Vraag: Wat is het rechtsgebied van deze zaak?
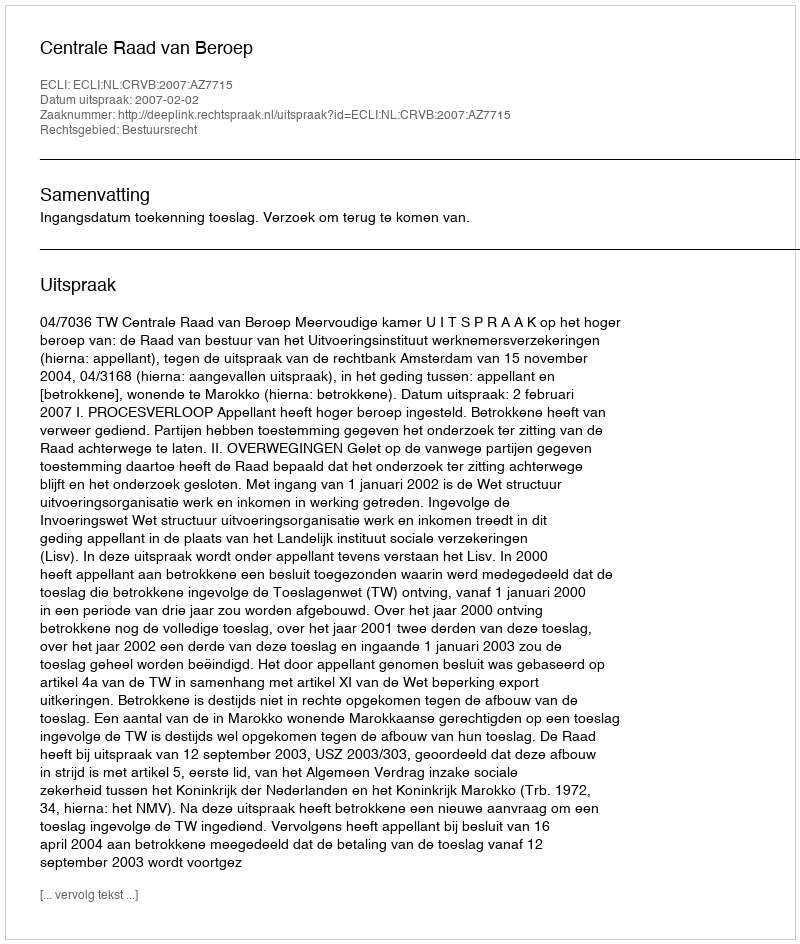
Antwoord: Bestuursrecht